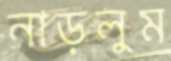
নাড়লুম